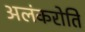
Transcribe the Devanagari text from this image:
अलंकरोति